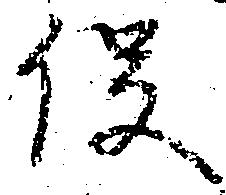
役